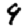
Digit: 9